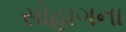
સોહાગના